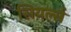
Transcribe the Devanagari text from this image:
सियर्ल्स